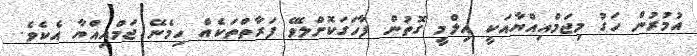
އުމުރުން ހަގު މިޖަމްއިއްޔާއަކީ އިލްމީ ގޮތުން ފާހަގަކޮށްލެވޭ ފަރާތްތަކެއް ހިމެނޭ ޖަމްއިއްޔާ އެކެވެ.